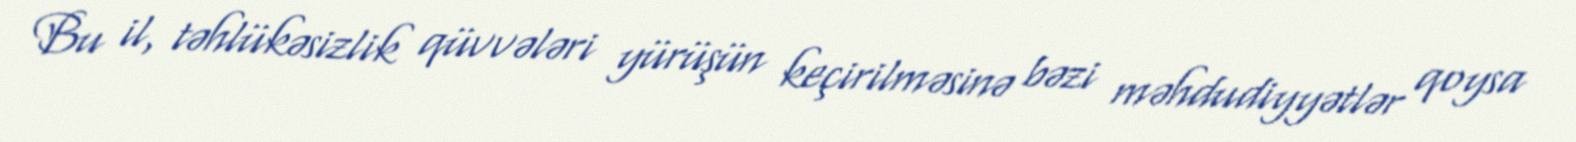
Bu il, təhlükəsizlik qüvvələri yürüşün keçirilməsinə bəzi məhdudiyyətlər qoysa